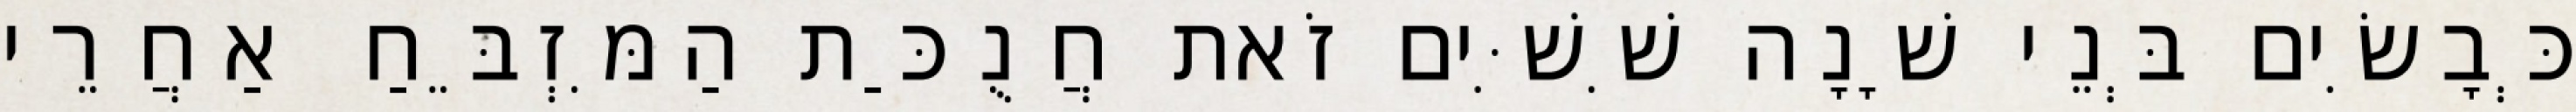
כְּבָשִׂים בְּנֵי שָׁנָה שִׁשִּׁים זֹאת חֲנֻכַּת הַמִּזְבֵּחַ אַחֲרֵי